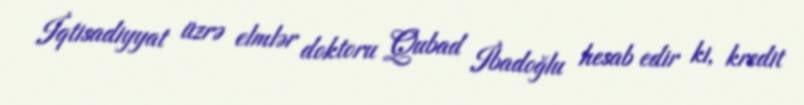
İqtisadiyyat üzrə elmlər doktoru Qubad İbadoğlu hesab edir ki, kredit